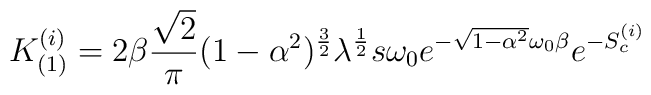
K^{(i)}_{(1)}=2\beta\frac{\sqrt 2}{\pi}(1-\alpha^2)^{\frac{3}{2}}\lambda^{\frac{1}{2}}s\omega_0e^{-\sqrt{1-\alpha^2}\omega_0\beta} e^{-S^{(i)}_c}